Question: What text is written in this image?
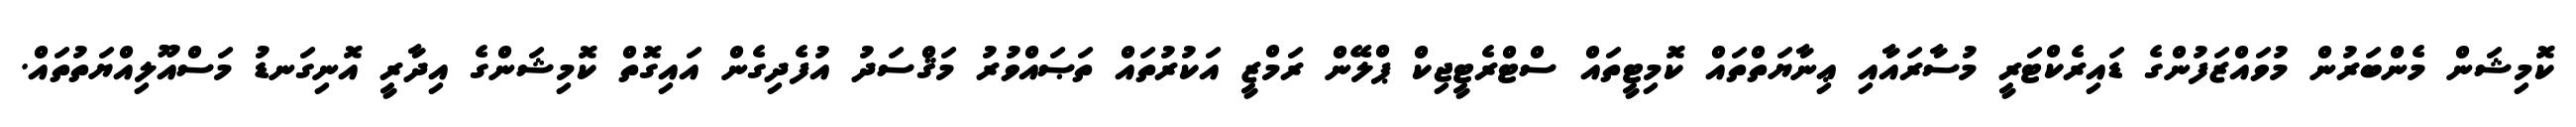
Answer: ކޮމިޝަން މެންބަރުން މުވައްޒަފުންގެ ޑައިރެކްޓަރީ މުސާރައާއި ޢިނާޔަތްތައް ކޮމިޓީތައް ސްޓްރެޓީޖިކް ޕްލޭން ރަމްޒީ އަކުރުތައް ތަޞައްވުރު މަޤްސަދު އުފެދިގެން އައިގޮތް ކޮމިޝަންގެ އިދާރީ އޮނިގަނޑު މަސްއޫލިއްޔަތުތައް.